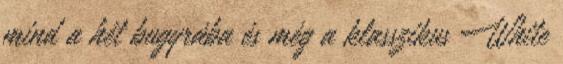
mind a hét bugyrába és még a klasszikus White